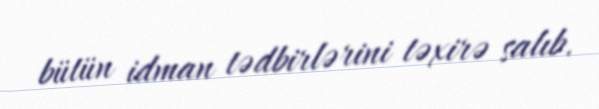
bütün idman tədbirlərini təxirə salıb.